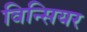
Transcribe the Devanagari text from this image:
विन्सियर